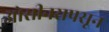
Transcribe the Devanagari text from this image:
ओसीनसपसून